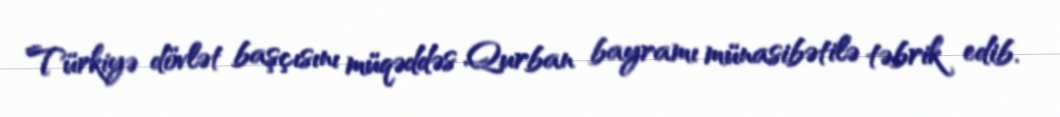
Türkiyə dövlət başçısını müqəddəs Qurban bayramı münasibətilə təbrik edib.